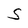
Character: S